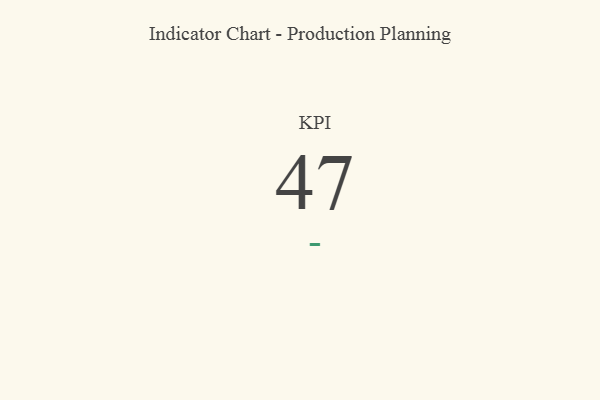
{"axis": {"x": "KPI", "y": "Value"}, "legend": [""], "data": [{"x": "KPI", "y": 47, "type": ""}]}